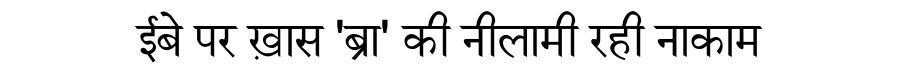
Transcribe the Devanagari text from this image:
ईबे पर ख़ास 'ब्रा' की नीलामी रही नाकाम